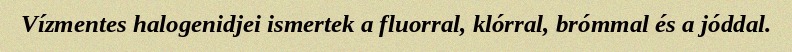
Vízmentes halogenidjei ismertek a fluorral, klórral, brómmal és a jóddal.